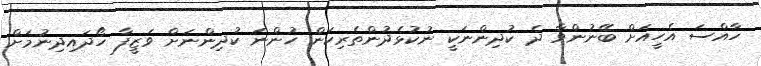
ހާއްސަ އެހީއަށް ބޭނުންވާ ދެ ކުދިންނަކީ ނުކުޅެދުންތެރިކަން ހުންނަ ކުދިންނަށް ވަޒީފާ ހޯދައިދިނުމަށް